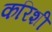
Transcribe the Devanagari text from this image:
करिशी